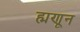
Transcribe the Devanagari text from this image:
ह्मणून